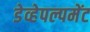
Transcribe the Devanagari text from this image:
डेव्हेपल्पमेंट